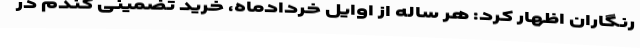
رنگاران اظهار کرد: هر ساله از اوایل خردادماه، خرید تضمینی گندم در